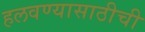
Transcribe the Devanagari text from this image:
हलवण्यासाठीची